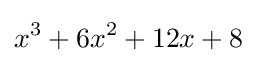
x^{3}+6x^{2}+12x+8